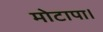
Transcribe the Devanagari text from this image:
मोटापा।